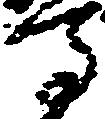
馬